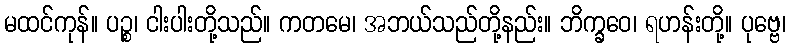
မထင်ကုန်။ ပဉ္စ၊ ငါးပါးတို့သည်။ ကတမေ၊ အဘယ်သည်တို့နည်း။ ဘိက္ခဝေ၊ ရဟန်းတို့။ ပုဗ္ဗေ၊